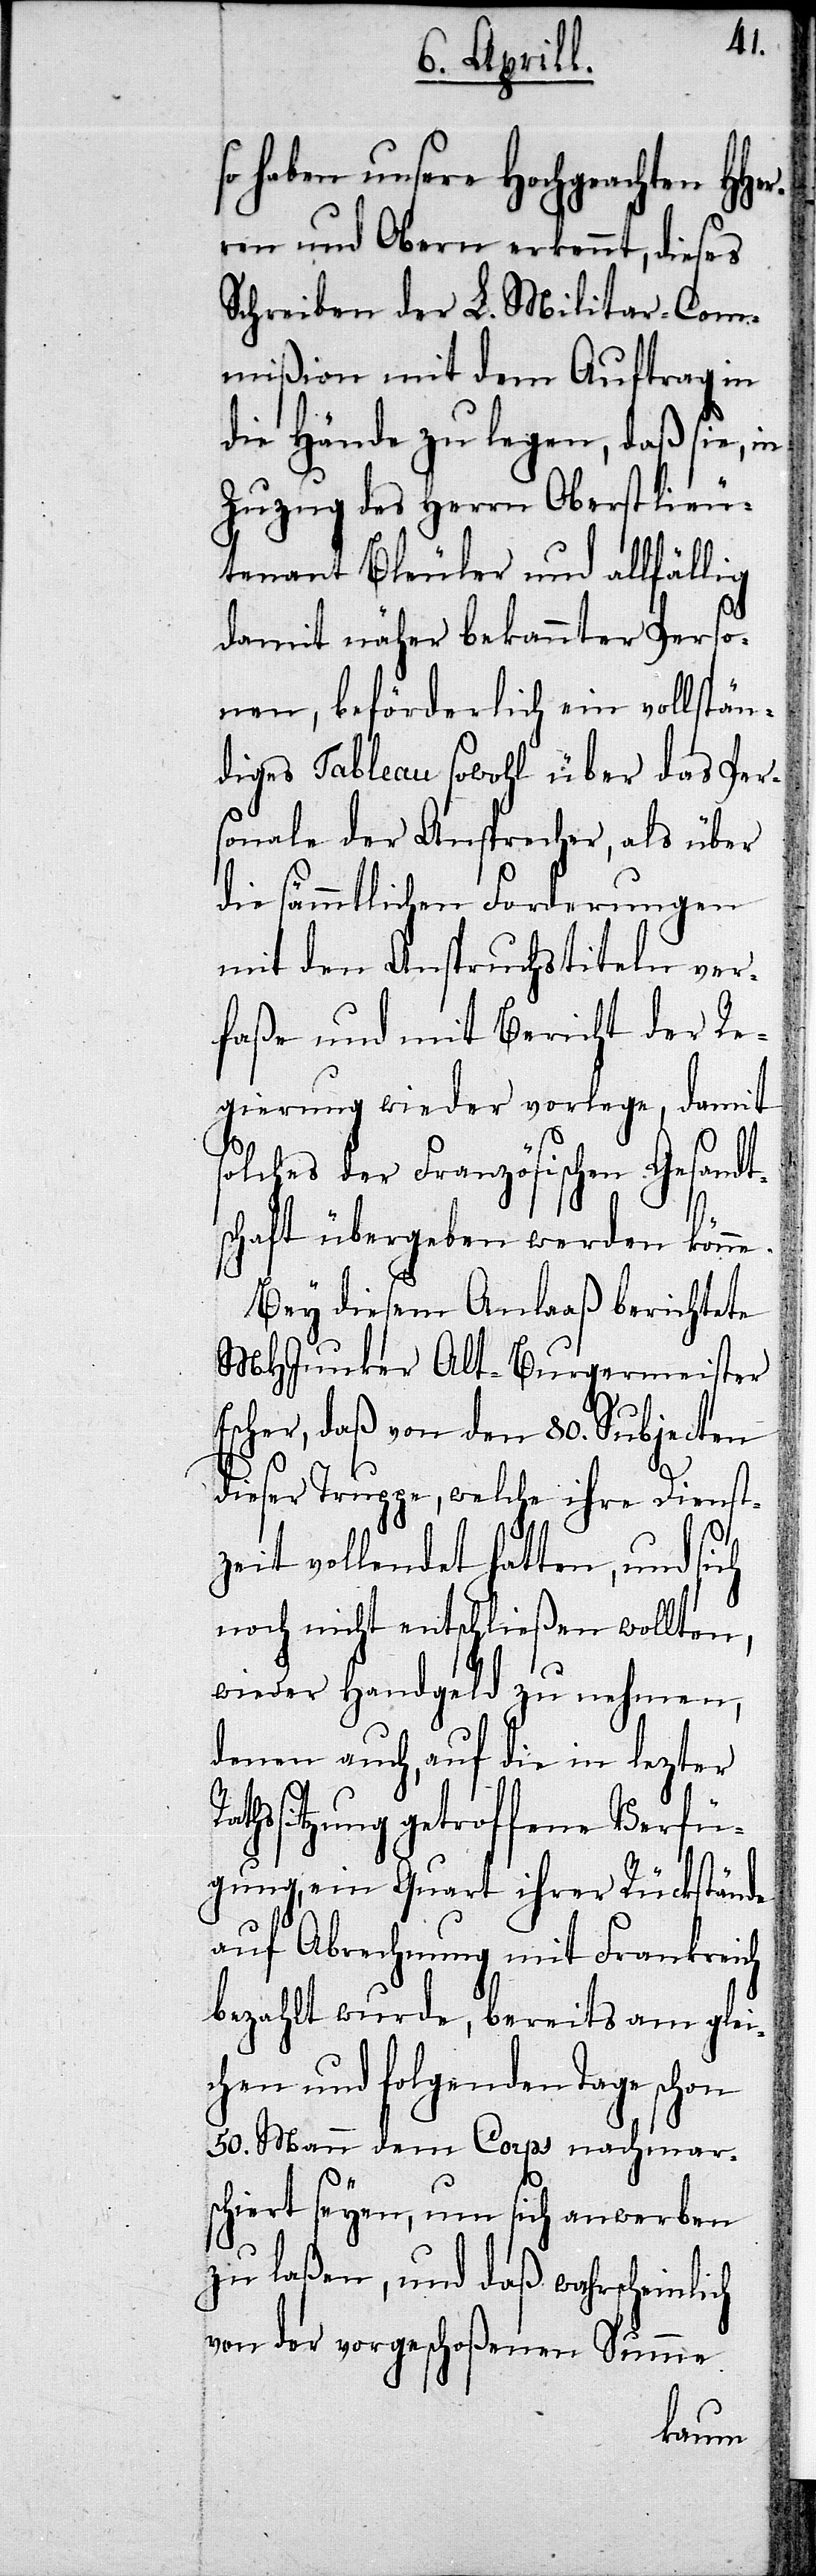
e.
so haben unsere Hochgeachten HHer¬
ren und Obern erkennt, dieses
Schreiben der L. Militar-Com¬
mißion mit dem Auftrag in
die Hände zu legen, daß sie, in
Zuzug des Herrn Oberstlieu¬
tenant Bleuler und allfällig
damit näher bekannter Perso¬
nen, beförderlich ein vollstän¬
diges Tableau sowohl über das Pers¬
onale der Ansprecher, als über
die sämmtlichen Forderungen
mit den Anspruchstiteln ver¬
faße und mit Bericht der Re¬
gierung wieder vorlege, damit
solches der Französischen Gesandt¬
schaft übergeben werden könn¬
Bey diesem Anlaaß berichtete
MHJunker Alt-Burgermeister
Escher, daß von den 80. Subjecten
dieser Truppe, welche ihre Dienst¬
zeit vollendet hatten, und sich
noch nicht entschließen wollten,
wieder Handgeld zu nehmen,
denen auch, auf die in lezter
hssitzung getroffene Verfü¬
gung, ein Quart ihrer Rückstände
auf Abrechnung mit Frankreich
bezahlt wurde, bereits am glei¬
chen und folgenden Tage schon
50. Mann dem Corps nachmar¬
schiert seyen, um sich anwerben
zu laßen, und daß wahrscheinlich
von der vorgeschoßenen Summe
Rat¬